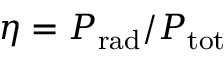
\eta = P _ { \mathrm { r a d } } / P _ { \mathrm { t o t } }